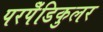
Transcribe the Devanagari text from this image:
परपेँडिकुलर